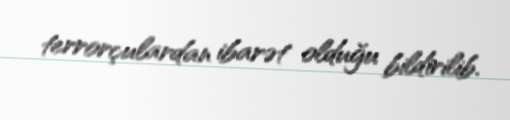
terrorçulardan ibarət olduğu bildirilib.